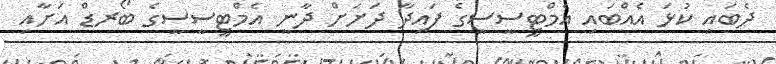
ދެބައި ކުޅަ އެއްބައި އެމްޓީސީސީގެ ފައިދާ ދަށަށް ދާނީ އެމްޓީސީސީގެ ބޯރޑް އަށާއި